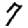
Digit: 7